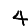
Digit: 4